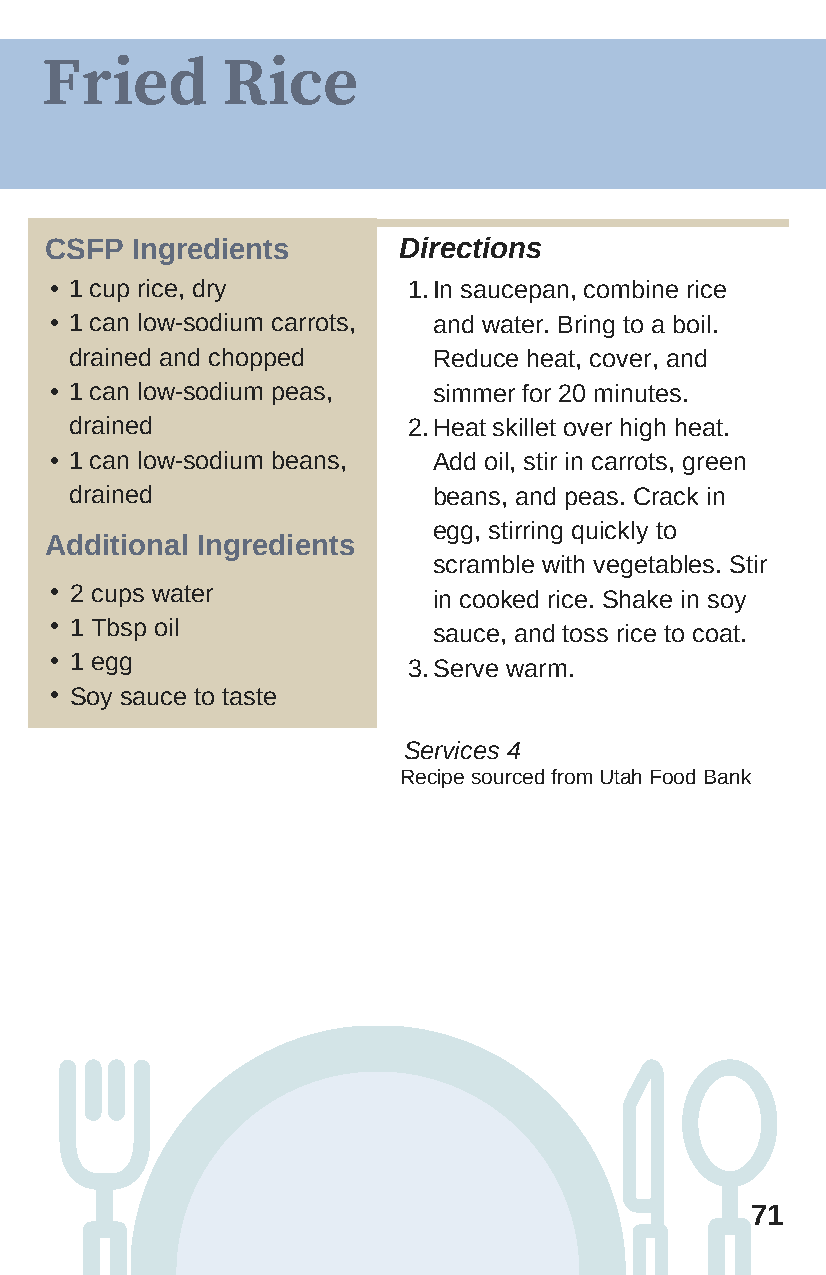
Fried       Rice
 CSFP  Ingredients      Directions
 • 1 cup rice, dry       1. In saucepan, combine rice
 • 1 can low-sodium carrots, and water. Bring to a boil.
 drained and chopped     Reduce heat, cover, and
 • 1 can low-sodium peas,  simmer for 20 minutes.
 drained               2. Heat skillet over high heat.
 • 1 can low-sodium beans, Add oil, stir in carrots, green
 drained                 beans, and peas. Crack in
 egg, stirring quickly to
 Additional Ingredients
 scramble with vegetables. Stir
 • 2 cups water            in cooked rice. Shake in soy
 • 1 Tbsp oil              sauce, and toss rice to coat.
 • 1 egg                 3. Serve warm.
 • Soy sauce to taste
 Services 4
 R ecipe sourced from Utah Food Bank
 71